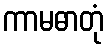
ကာမဓာတုံ